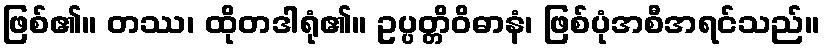
ဖြစ်၏။ တဿ၊ ထိုတဒါရုံ၏။ ဥပ္ပတ္တိဝိဓာနံ၊ ဖြစ်ပုံအစီအရင်သည်။